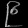
Digit: ၉